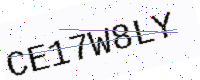
Text: CE17W8LY